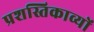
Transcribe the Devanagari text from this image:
प्रशस्तिकाव्यों